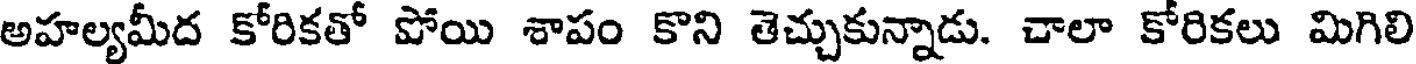
అహల్యమీద కోరికతో పోయి శాపం కొని తెచ్చుకున్నాడు. చాలా కోరికలు మిగిలి